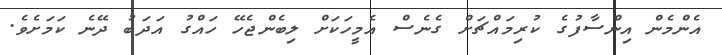
އެންމެން އިންސާފުގެ ކުރިމައްޗަށް ގެނެސް އެމީހަކަށް ލިބެންޖެހޭ ހައްގު އަދަބު ދޭނެ ކަމަށެވެ.